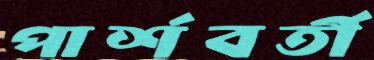
পার্শবর্তী